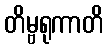
တိမ္ဗရုကာတိ